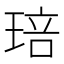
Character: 琣